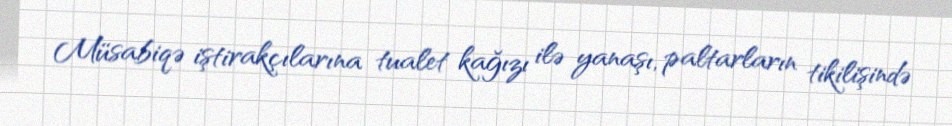
Müsabiqə iştirakçılarına tualet kağızı ilə yanaşı, paltarların tikilişində